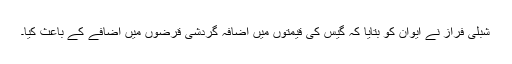
شبلی فراز نے ایوان کو بتایا کہ گیس کی قیمتوں میں اضافہ گردشی قرضوں میں اضافے کے باعث کیا۔